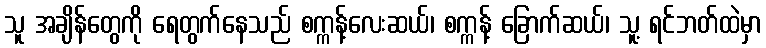
သူ အချိန်တွေကို ရေတွက်နေသည် စက္ကန့်လေးဆယ်၊ စက္ကန့် ခြောက်ဆယ်၊ သူ့ ရင်ဘတ်ထဲမှာ